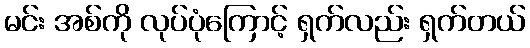
မင်း အစ်ကို လုပ်ပုံကြောင့် ရှက်လည်း ရှက်တယ်